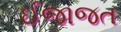
ઈજાજત